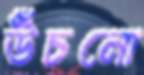
উঁচনো